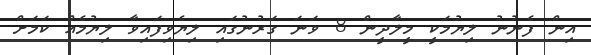
އިން ފެނުނު ލިޔުމަކީ މީލާދީން 8 ވަނަ ގަރުނުގައި ލިޔެވިފައިވާ ލިޔުމެއް ކަމަށް